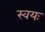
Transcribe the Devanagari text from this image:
स्वयः